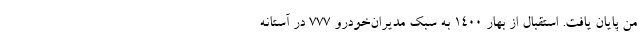
من پایان یافت. استقبال از بهار 1400 به سبک مدیران‌خودرو 777 در آستانه